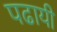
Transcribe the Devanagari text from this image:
पढायी